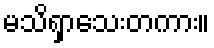
မသိရှာသေးတကား။